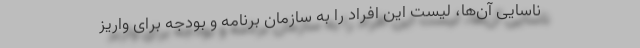
ناسایی آن‌ها، لیست این افراد را به سازمان برنامه و بودجه برای واریز